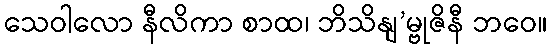
သေဝါလော နီလိကာ စာထ၊ ဘိသိနျ’မ္ဗုဇိနီ ဘဝေ။